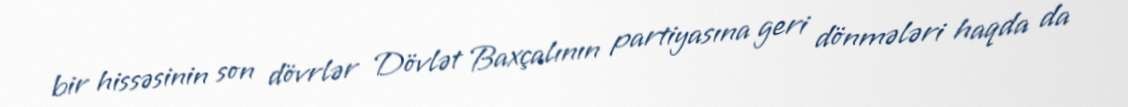
bir hissəsinin son dövrlər Dövlət Baxçalının partiyasına geri dönmələri haqda da